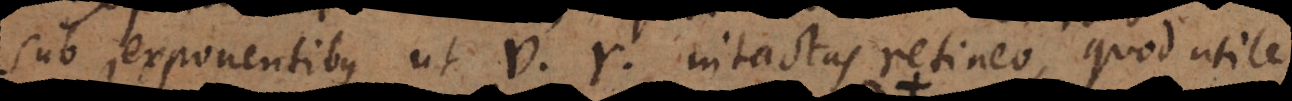
sub exponentibus ut v, r intactas retineo, quod utile